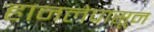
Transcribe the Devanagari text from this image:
हानलेपासून